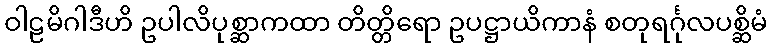
ဝါဠမိဂါဒီဟိ ဥပါလိပုစ္ဆာကထာ တိတ္တိရော ဥပဋ္ဌာယိကာနံ စတုရင်္ဂုလပစ္ဆိမံ